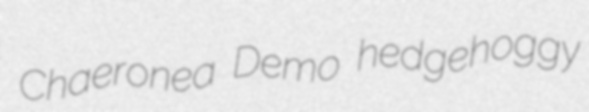
Chaeronea Demo hedgehoggy